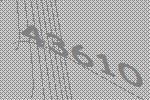
43610